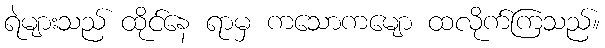
ရဲများသည် ထိုင်နေ ရာမှ ကသောကမျော ထလိုက်ကြသည်။